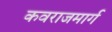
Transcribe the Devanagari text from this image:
कवराजमार्ग